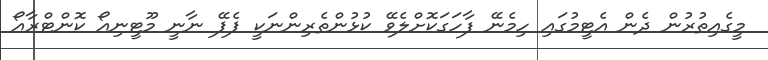
މީގެއިތުރުން ދެން އެޓީމުގައި ހިމެނޭ ފާހަގަކޮށްލެވޭ ކުޅުންތެރިންނަކީ ޕެޕޭ ނާނީ މޫޓީނިއޯ ކޮންޓްރާއޯ